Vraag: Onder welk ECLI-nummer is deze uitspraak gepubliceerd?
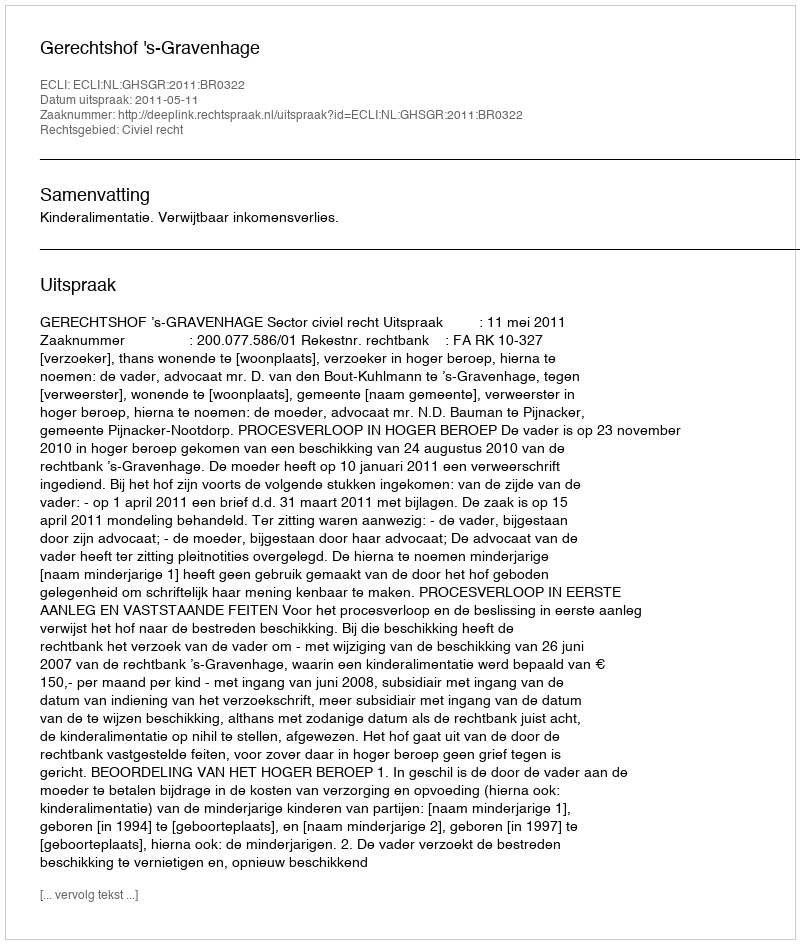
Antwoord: ECLI:NL:GHSGR:2011:BR0322